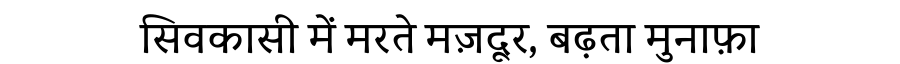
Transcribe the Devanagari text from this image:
सिवकासी में मरते मज़दूर, बढ़ता मुनाफ़ा